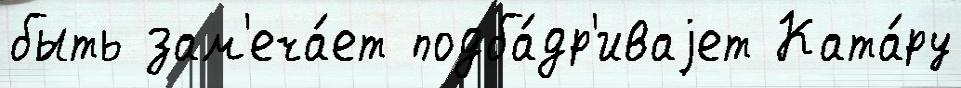
быть зам'еча́ет подба́др'иваjет Ката́ру